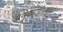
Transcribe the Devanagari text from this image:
अनुकरणात्मक।